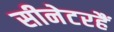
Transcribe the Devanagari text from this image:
सीनेटरहैं